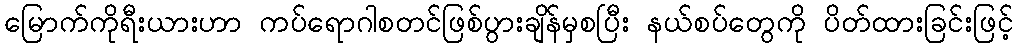
မြောက်ကိုရီးယားဟာ ကပ်ရောဂါစတင်ဖြစ်ပွားချိန်မှစပြီး နယ်စပ်တွေကို ပိတ်ထားခြင်းဖြင့်